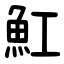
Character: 魟